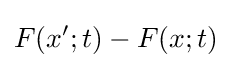
F(x';t)-F(x;t)